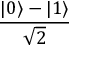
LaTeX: \frac { | 0 \rangle - | 1 \rangle } { \sqrt { 2 } }